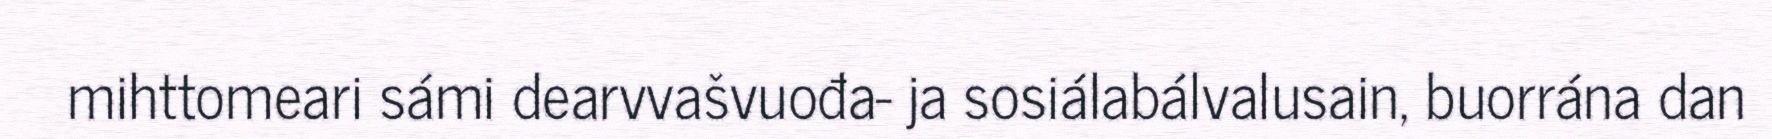
mihttomeari sámi dearvvašvuođa- ja sosiálabálvalusain, buorrána dan